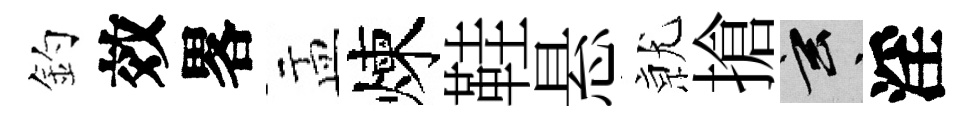
釣效畧盂煉鞋悬𭕒搶玄淫